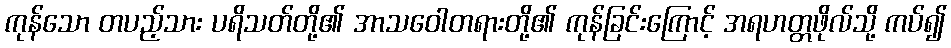
ကုန်သော တပည့်သား ပရိသတ်တို့၏ အာသဝေါတရားတို့၏ ကုန်ခြင်းကြောင့် အရဟတ္တဖိုလ်သို့ ကပ်၍